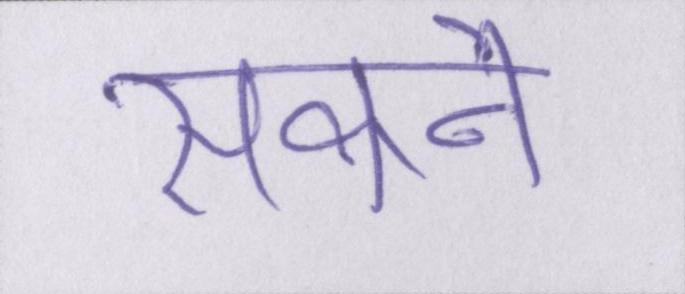
सकने